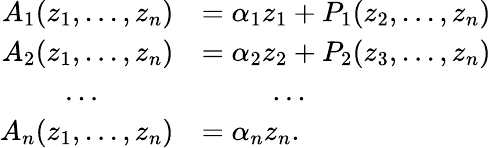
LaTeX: \begin{array}{rl}{A_{1}(z_{1},...,z_{n})}&{=\alpha_{1}z_{1}+P_{1}(z_{2},...,z_{n})}\\ {A_{2}(z_{1},...,z_{n})}&{=\alpha_{2}z_{2}+P_{2}(z_{3},...,z_{n})}\\ {...\ \ \ \ \ \ \ \ \ \ }&{\ \ \ \ \ \ \ \ \ \ ...}\\ {A_{n}(z_{1},...,z_{n})}&{=\alpha_{n}z_{n}.}\end{array}